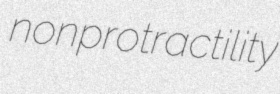
nonprotractility